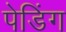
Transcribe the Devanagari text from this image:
पेडिंग